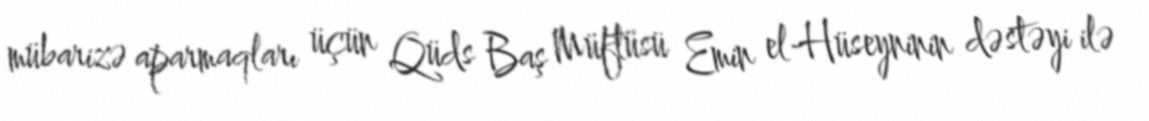
mübarizə aparmaqları üçün Qüds Baş Müftüsü Emin el-Hüseyninin dəstəyi ilə